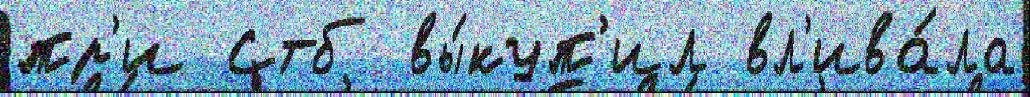
пр'и Стб вы́куп'ил вл'ива́ла